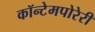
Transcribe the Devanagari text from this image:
कॉन्टेमपोरेरी